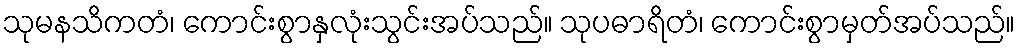
သုမနသိကတံ၊ ကောင်းစွာနှလုံးသွင်းအပ်သည်။ သုပဓာရိတံ၊ ကောင်းစွာမှတ်အပ်သည်။